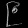
Digit: ၉